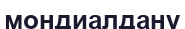
мондиалдану